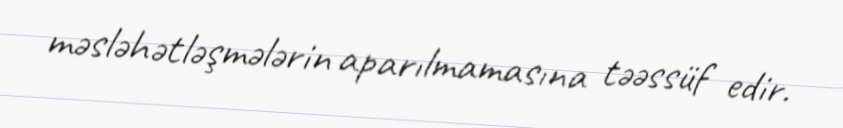
məsləhətləşmələrin aparılmamasına təəssüf edir.